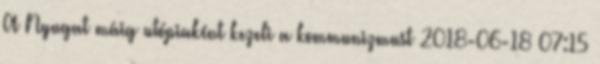
A Nyugat máig utópiaként kezeli a kommunizmust 2018-06-18 07:15